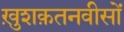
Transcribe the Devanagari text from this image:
ख़ुशक़तनवीसों